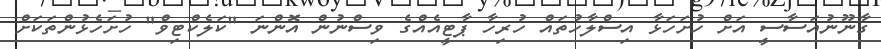
ގާނޫނުއަސާސީ އަށް ހުށަހަޅާ އިސްލާހުތައް ހުރިހާ ޕާޓީއެއްގެ ވިސްނުން އޮންނަ "ކަލެކްޓިވް" ހުށަހެޅުންތަކަށް